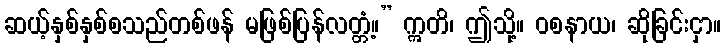
ဆယ့်နှစ်နှစ်စသည်တစ်ဖန် မဖြစ်ပြန်လတ္တံ့။” ဣတိ၊ ဤသို့။ ဝစနာယ၊ ဆိုခြင်းငှာ။